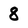
Character: 8